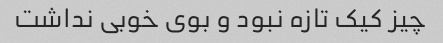
چیز کیک تازه نبود و بوی خوبی نداشت